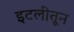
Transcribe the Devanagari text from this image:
इटलीतून